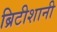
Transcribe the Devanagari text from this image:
ब्रिटीशानी